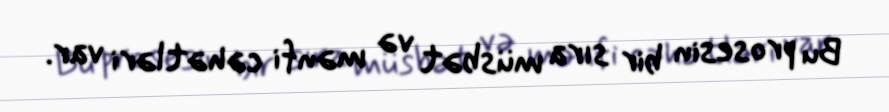
Bu prosesin bir sıra müsbət və mənfi cəhətləri var.